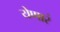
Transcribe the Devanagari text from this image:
येणारं